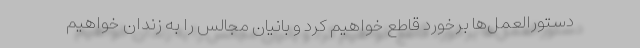
دستورالعمل‌ها برخورد قاطع خواهیم کرد و بانیان مجالس را به زندان خواهیم